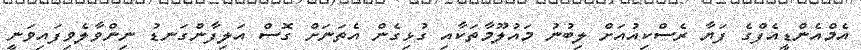
އެމްއެންޑީއެފްގެ ފަޔާ ރެސްކިއުއަށް ލިބުނު މައުލޫމާތަކާއި ގުޅިގެން އެތަނަށް ގޮސް އަލިފާންގަނޑު ނިންވާލެވިފައިވަނީ